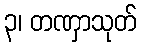
၃၊ တဏှာသုတ်